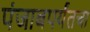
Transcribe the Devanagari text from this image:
पंजाबपर्यंतचा